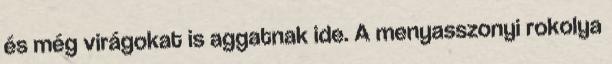
és még virágokat is aggatnak ide. A menyasszonyi rokolya